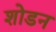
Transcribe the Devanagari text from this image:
शोडन